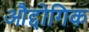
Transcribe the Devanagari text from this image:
औद्दोगिक